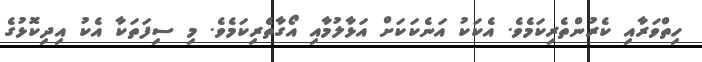
ހިތްވަރާއި ކެރުންތެރިކަމެވެ. އެކަކު އަނެކަކަށް އަޅާލުމާއި އޯގާތެރިކަމެވެ. މި ސިފަތަކާ އެކު އިދިކޮޅުގެ